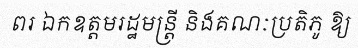
ពរ ឯកឧត្តមរដ្ឋមន្ត្រី និងគណៈប្រតិភូ ឱ្យ